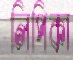
লিপিকা